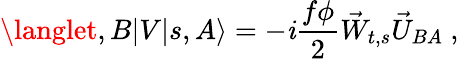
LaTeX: \langlet,B|V|s,A\rangle=-\mathit{i}\frac{{f\phi}}{{2}}\vec{{W}}_{t,s}\vec{{U}}_{BA}~,